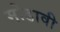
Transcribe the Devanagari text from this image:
मोडावी